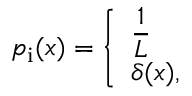
\begin{array} { r } { p _ { \mathrm { i } } ( x ) = \left\{ \begin{array} { l l } { \displaystyle \frac { 1 } { L } } \\ { \displaystyle \delta ( x ) , } \end{array} \right. } \end{array}